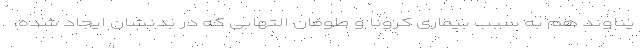
یناوند هم به سبب بیماری کرونا و طوفان التهابی که در بدنشان ایجاد شده،